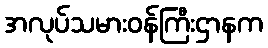
အလုပ်သမားဝန်ကြီးဌာနက